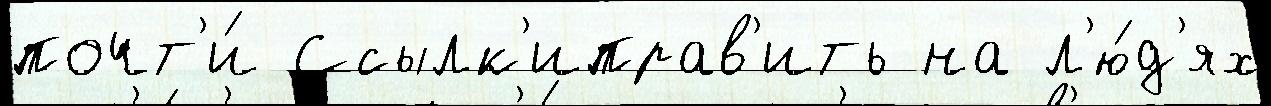
почт'и́ Ссылк'иправ'ить на л'ю́д'ях